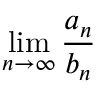
\operatorname* { l i m } _ { n \to \infty } { \frac { a _ { n } } { b _ { n } } }